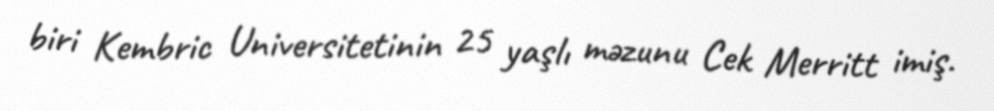
biri Kembric Universitetinin 25 yaşlı məzunu Cek Merritt imiş.